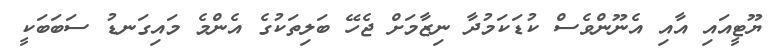
ޔޫޓީއައި އާއި އެނޫންވެސް ކުޑަކަމުދާ ނިޒާމަށް ޖެހޭ ބަލިތަކުގެ އެންމެ މައިގަނޑު ސަބަބަކީ